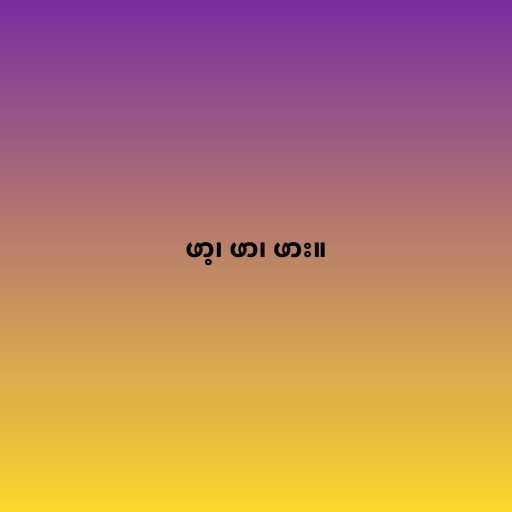
ဖာ့၊ ဖာ၊ ဖား။